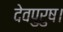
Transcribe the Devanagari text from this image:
देवपुरुष।